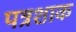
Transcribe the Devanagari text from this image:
पत्रशाक